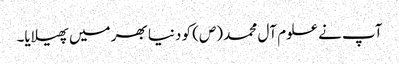
آپ نے علوم آل محمد (ص) کو دنیا بھر میں پھیلایا۔